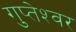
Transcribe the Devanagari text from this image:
गुप्‍तेश्‍वर